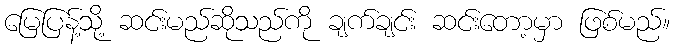
မြေပြန့်သို့ ဆင်းမည်ဆိုသည်ကို ချက်ချင်း ဆင်းတော့မှာ ဖြစ်မည်။